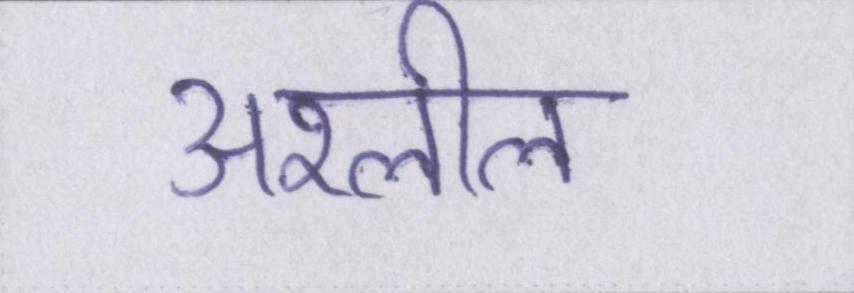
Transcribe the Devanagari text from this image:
अश्लील